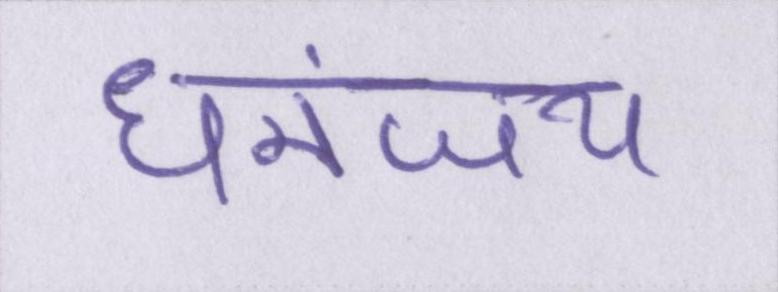
धनंजय